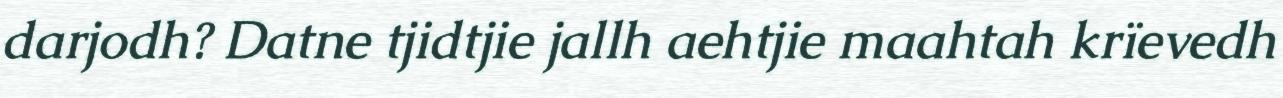
darjodh? Datne tjidtjie jallh aehtjie maahtah krïevedh